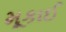
મૂકાઈ